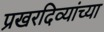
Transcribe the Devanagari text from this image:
प्रखरदिव्यांच्या